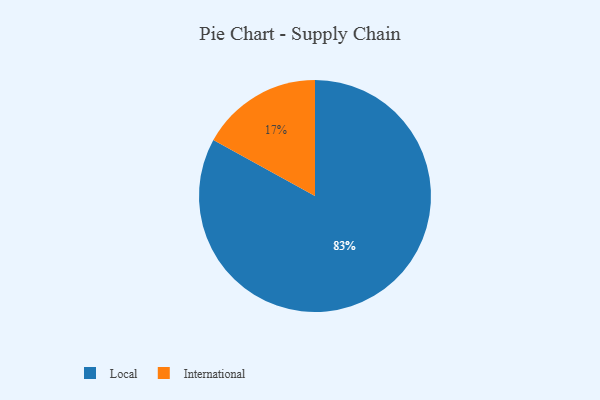
{"axis": {"x": "Category", "y": "Percentage"}, "legend": ["International", "Local"], "data": [{"x": "Local", "y": 83, "type": "Local"}, {"x": "International", "y": 17, "type": "International"}]}